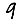
Digit: 9